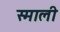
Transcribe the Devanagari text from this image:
स्माली